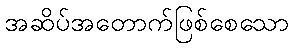
အဆိပ်အတောက်ဖြစ်စေသော